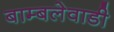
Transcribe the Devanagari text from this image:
बाम्बलेवाडी